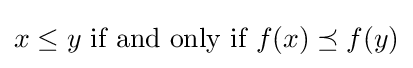
x\leq y{\text{ if and only if }}f(x)\preceq f(y)